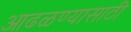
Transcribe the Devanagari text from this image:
आढळण्यासाठी